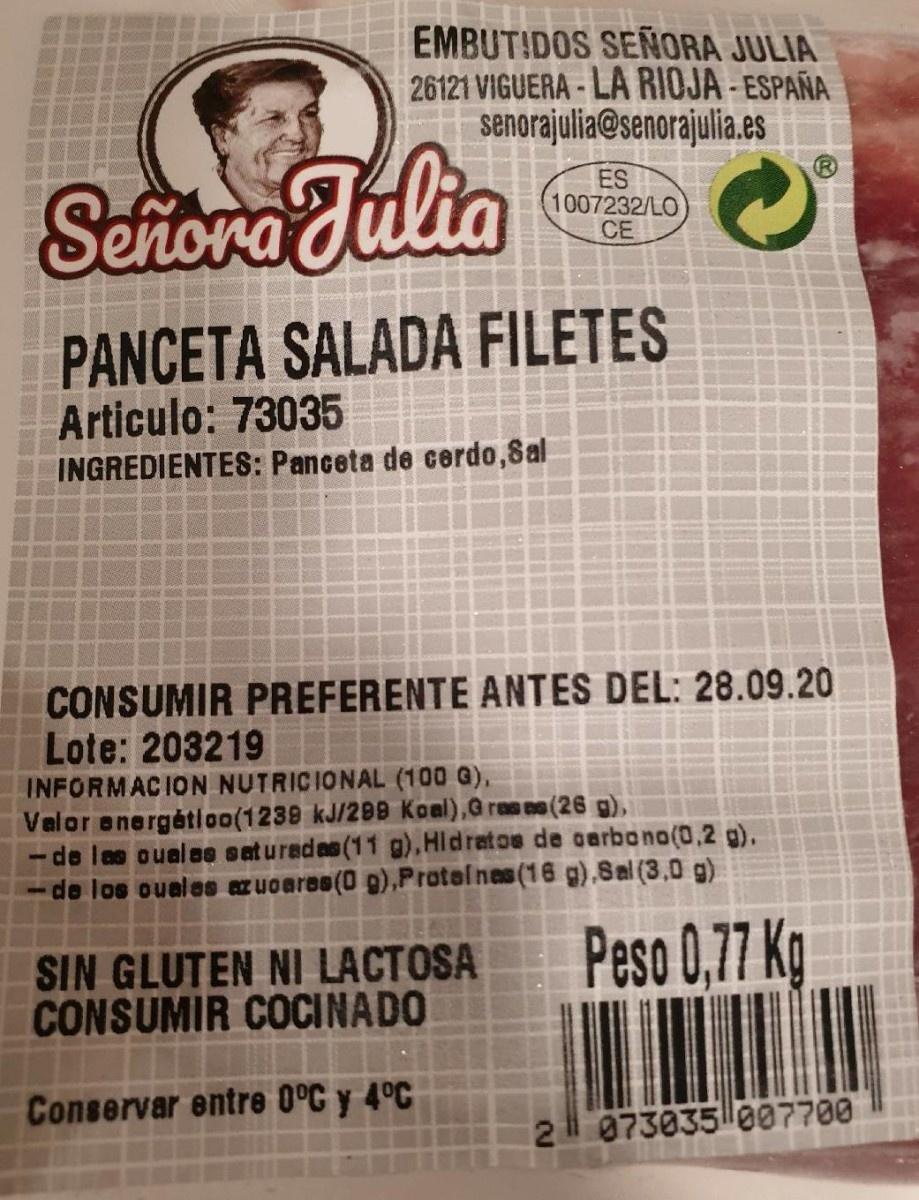
EMBUTIDOS SEÑORA JULIA 26121 VIGUERA-LA RIOJA - ESPAÑA senorajulia@senorajulia.es
Sehora Julia
ES 1007232/LO CE
PANCETA SALADA FILETES
Articulo: 73035
INGREDIENTES: Panceta de cerdo,8al
CONSUMIR PREFERENTE ANTES DEL: 28.09.20 Lote: 203219
INFORMACION NUTRICIONAL (100 G), Valor energétioo(1239 kJ/2B9 Koal),G ras ee (26 g), de las ouelee sat uredes (11 g),Hidretos de carbono(0,2 g), de los ouales ez uoares(0 9),Protel nes (16 g),8al (3,0 g)
SIN GLUTEN NI LACTOSA CONSUMIR COCINADO
Peso 0,77 Kg
Conservar entre 0°C y 4°C
073035 007700